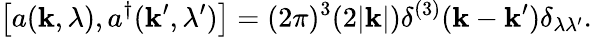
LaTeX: \left[a({\mathbf k},\lambda),a^{\dagger}({\mathbf k}^{\prime},\lambda^{\prime})\right]=(2\pi)^{3}(2|{\mathbf k}|)\delta^{(3)}({\mathbf k}-{\mathbf k}^{\prime})\delta_{\lambda\lambda^{\prime}}.